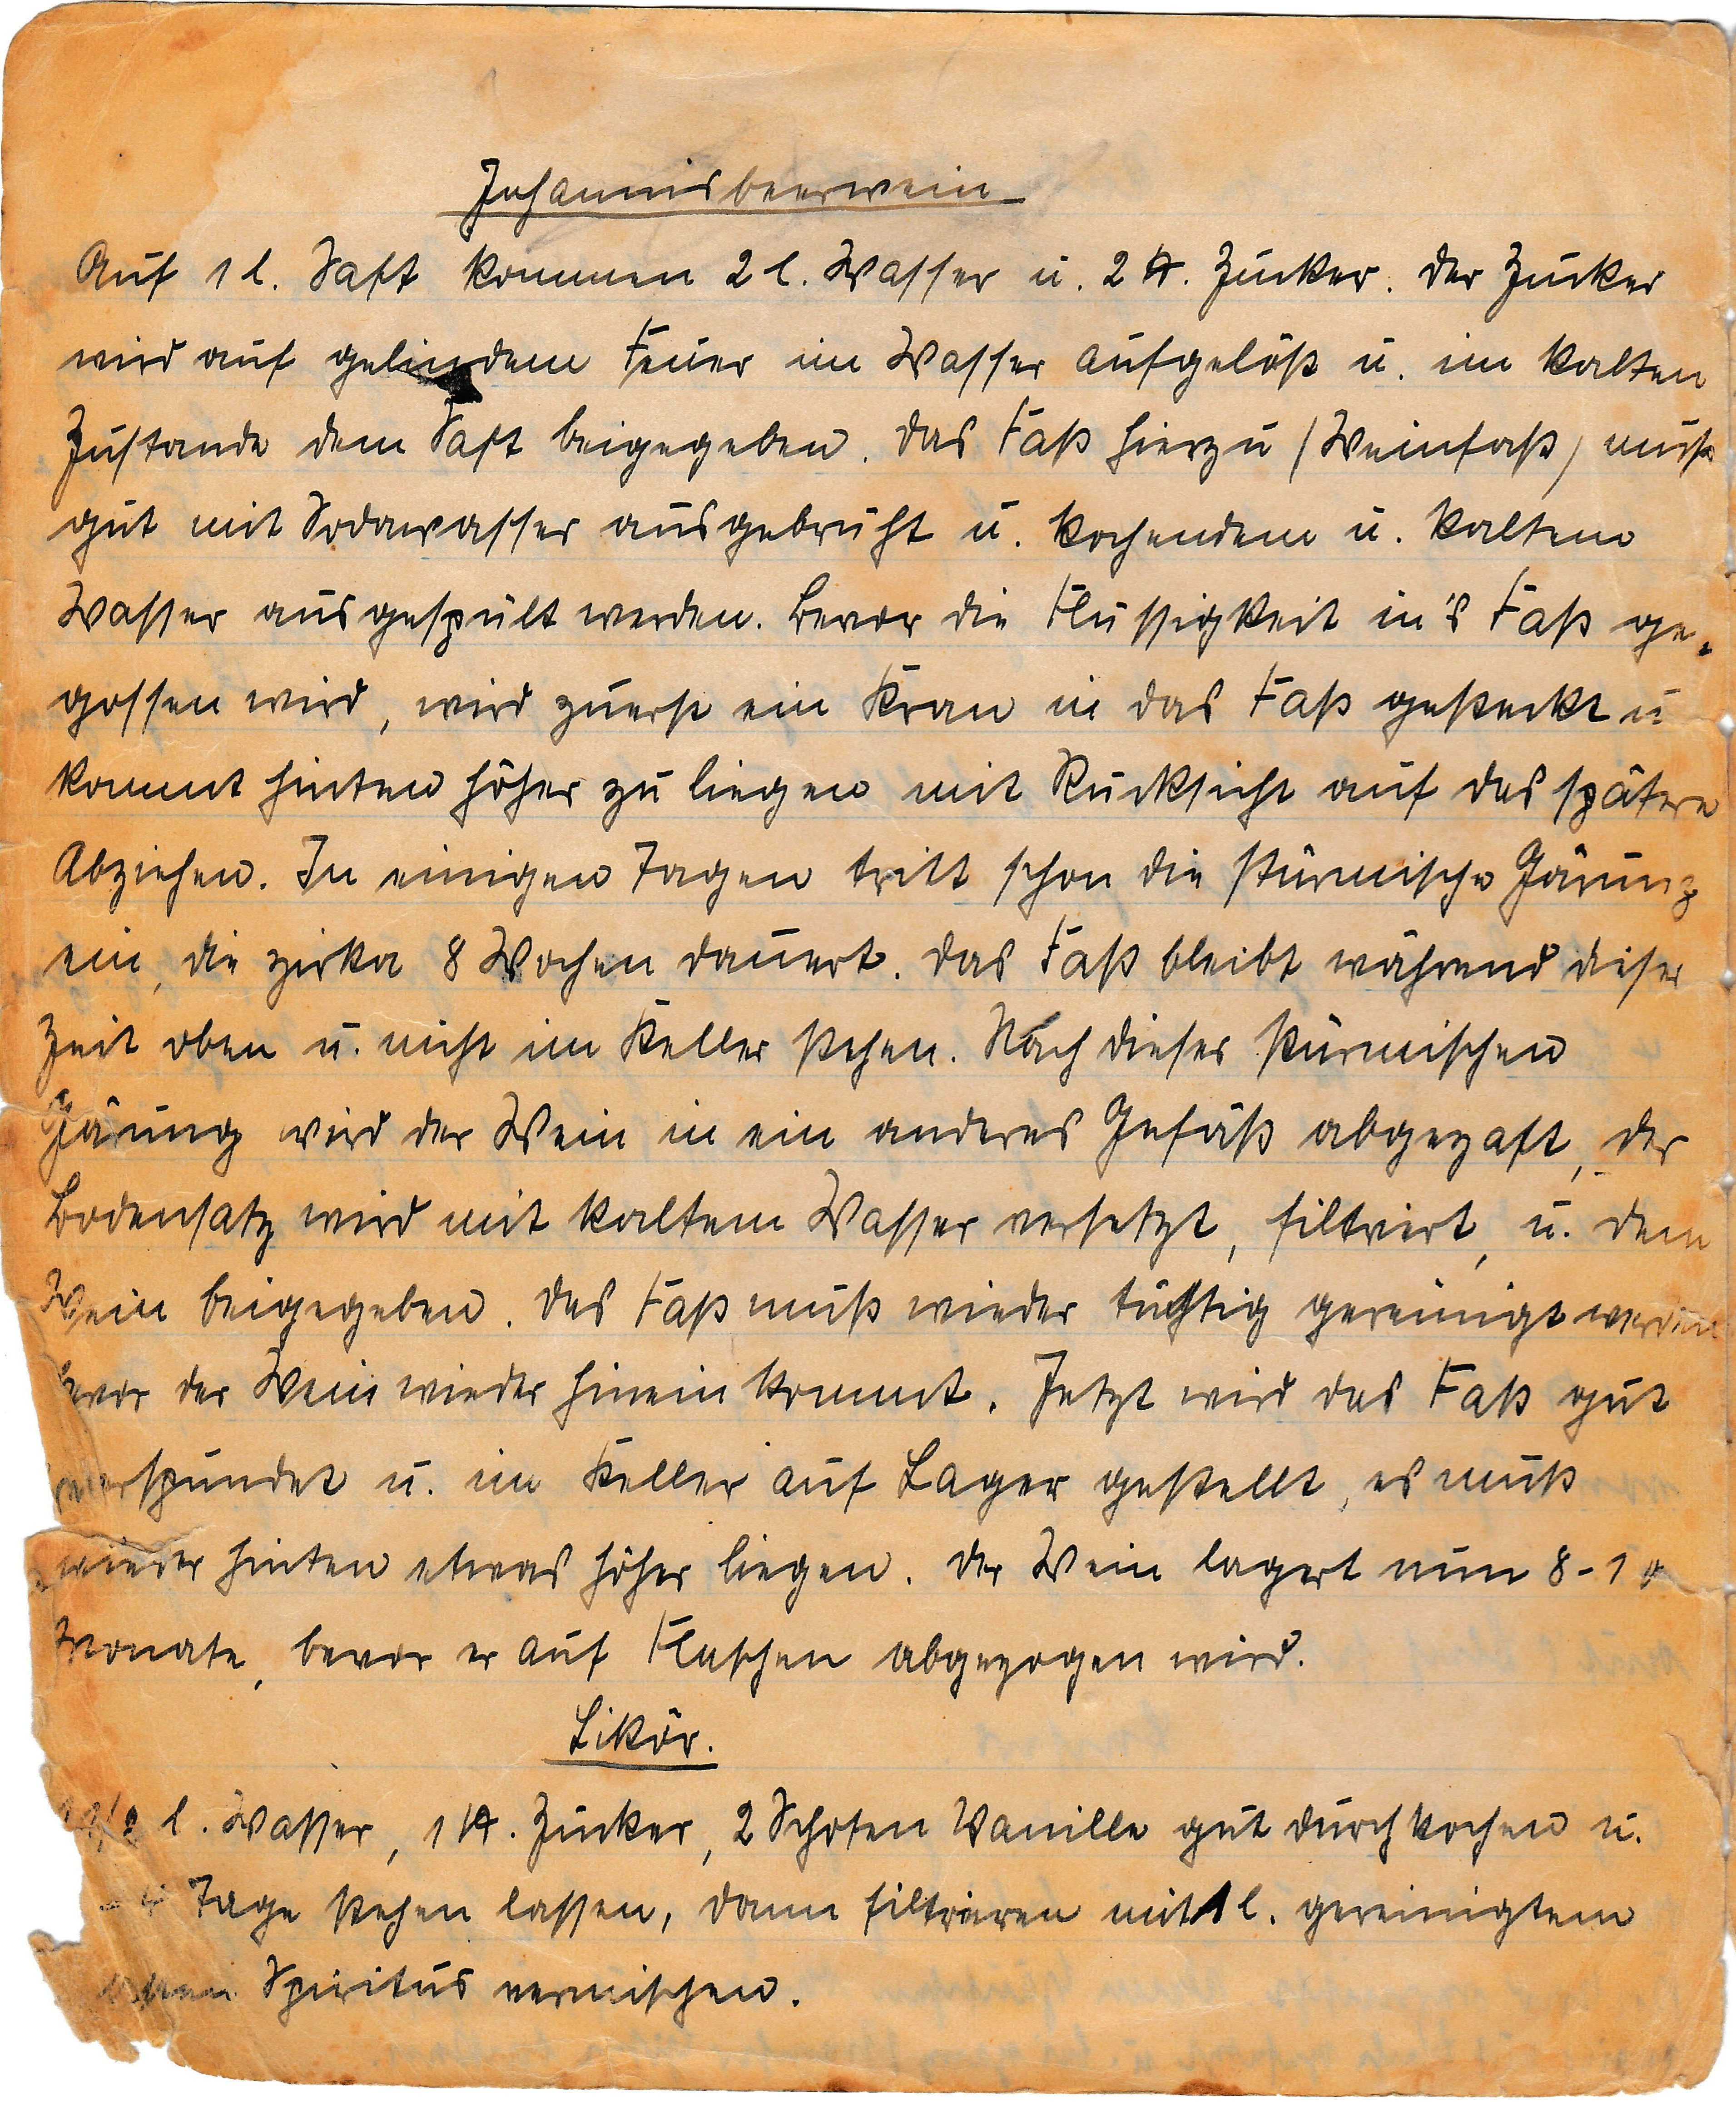
Johannisbeerwein
Auf 1 l. Saft kommen 2 l. Wasser u. 2 kg Zucker. Der Zucker
wird auf gelindem Feuer im Wasser aufgelöst u. im kalten
Zustand dem Saft beigegeben. Das Faß hierzu (Weinfaß) muß
gut mit Sodawasser ausgebrüht u. kochendem u. kaltem
Wasser ausgespült werden. Bevor die Flüssigkeit in's Faß ge¬
gossen wird, wird zuerst ein Kran in das Faß gesteckt u
kommt hinten höher zu liegen mit Rücksicht auf das spätere
abziehen. In einigen Tagen tritt schon die stürmische Gärung
ein, die zirka 8 Wochen dauert. Das Faß bleibt während dieser
Zeit oben u. nicht im Keller stehen. Nach dieser stürmischen
Gärung wird der Wein in ein anderes Gefäß abgezaft, der
Bodensatz wird mit kaltem Wasser versetzt, filtriert u. dem
Wein beigegeben. Das Faß muß wieder tüchtig gereinigt werden
bevor der Wein wieder hinein kommt. Jetzt wird das Faß gut
gespundet u. im Keller auf Lager gestellt, es muß
wieder hinten etwas höher liegen. Der Wein lagert nun 8 - 10
Monate, bevor er auf Flaschen abgezogen wird.
Likör.
⅛ l. Wasser, 1 kg Zucker, 2 Schoten Vanille gut kochen u.
~ 4 Tage stehen lassen, dann filtrieren mit 1 l. gereinigtem
 Spiritus vermischen.